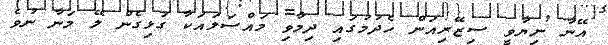
އޭނާ ނިޔާވީ ސިޒޭރިއަން ހެދުމުގައި ދިމާވި މައްސަލައަކާ ގުޅިގެން ލޭ މަނާ ނުވެ